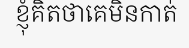
ខ្ញុំគិតថាគេមិនកាត់